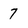
Character: 7